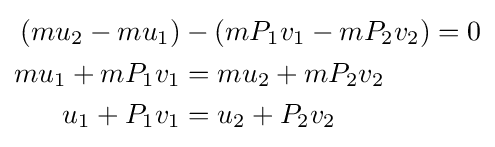
{\begin{aligned}(mu_{2}-mu_{1})&-(mP_{1}v_{1}-mP_{2}v_{2})=0\\mu_{1}+mP_{1}v_{1}&=mu_{2}+mP_{2}v_{2}\\u_{1}+P_{1}v_{1}&=u_{2}+P_{2}v_{2}\end{aligned}}